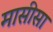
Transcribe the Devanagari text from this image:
मासीसा